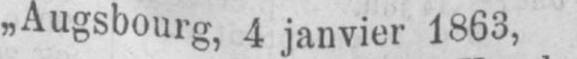
„Augsbourg, 4 janvier 1863,